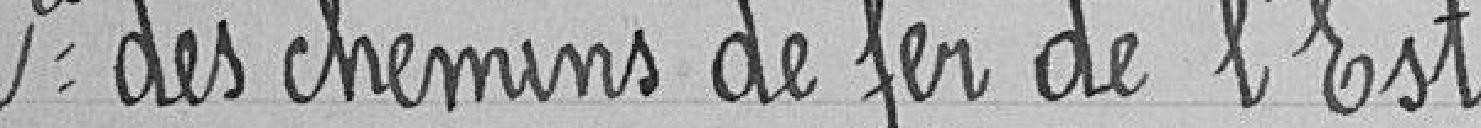
Compagnie des chemins de fer de l'Est